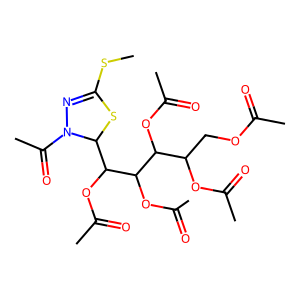
SMILES: CSC1=NN(C(C)=O)C(C(OC(C)=O)C(OC(C)=O)C(OC(C)=O)C(COC(C)=O)OC(C)=O)S1
Inhibits HIV replication: No